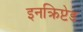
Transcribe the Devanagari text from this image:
इनक्रिप्टेड